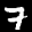
Label: 7